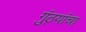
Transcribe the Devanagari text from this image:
गुंठ्यांचा